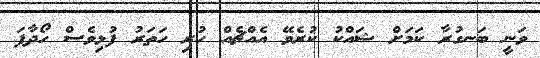
ވަނީ ބަނގުރާ ކަަމަށް ޝައްކު ކުރެވޭ އެއްޗެއް ހުރި ހަތަރު ފުޅިވެސް ހޯދާފަ